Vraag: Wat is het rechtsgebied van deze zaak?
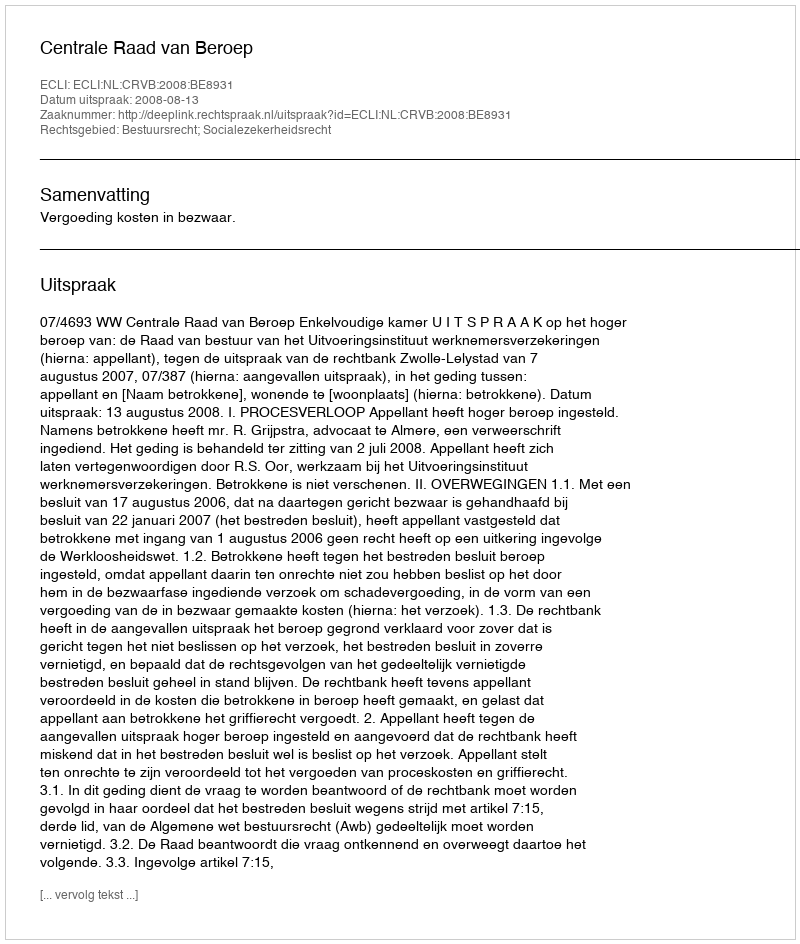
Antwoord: Bestuursrecht; Socialezekerheidsrecht